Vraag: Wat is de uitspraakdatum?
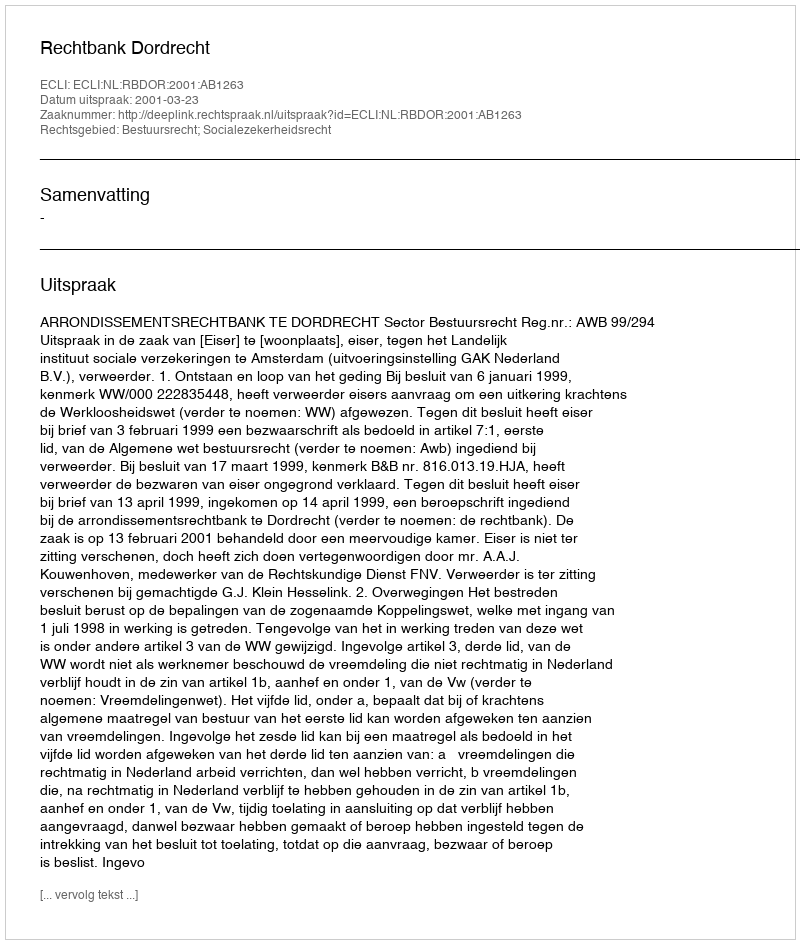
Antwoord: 2001-03-23